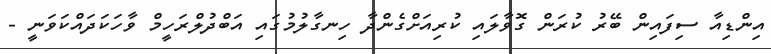
އިންޑިއާ ސިފައިން ބޭރު ކުރަން ގޮވާލައި ކުރިއަށްގެންދާ ހިނގާލުމުގައި އަބްދުލްރަހީމް ވާހަކަދައްކަވަނީ -